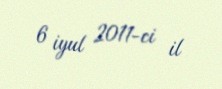
6 iyul 2011-ci il